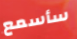
سأسمع